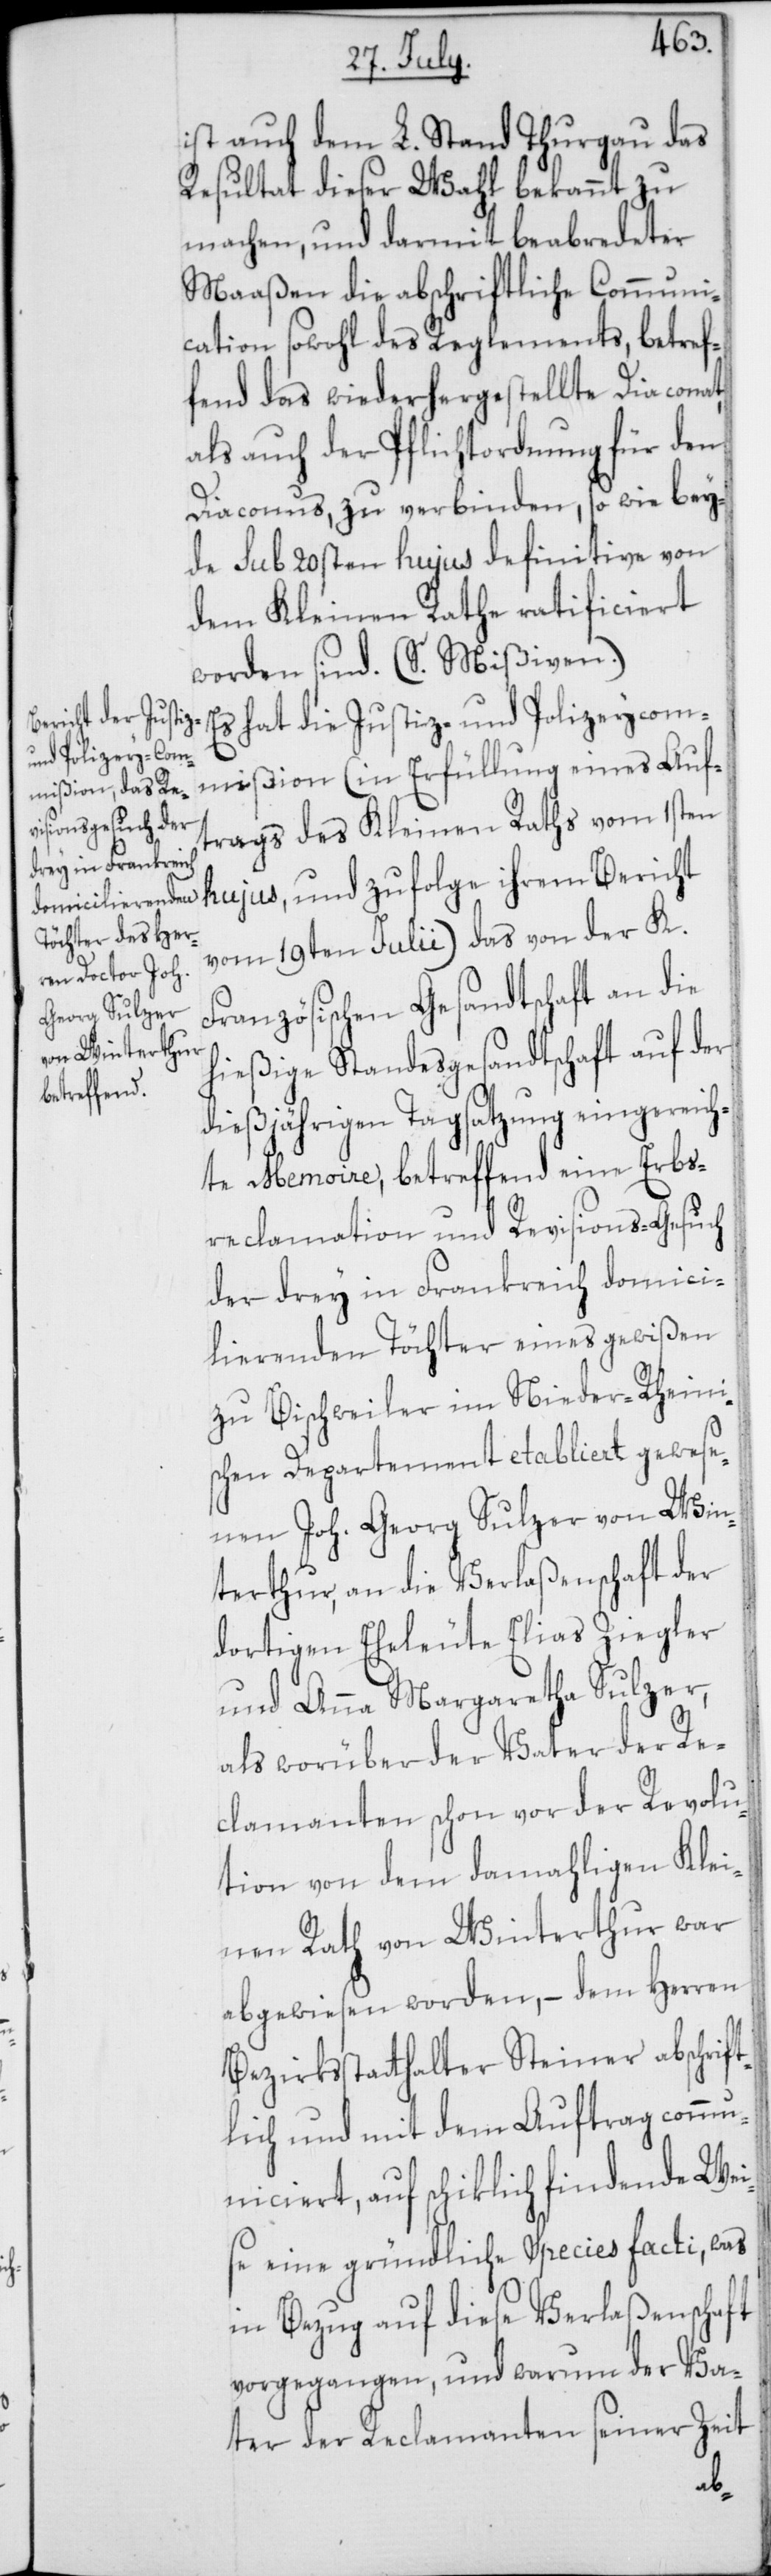
ist auch dem L. Stand Thurgau das
Resultat dieser Wahl bekannt zu
machen, und damit beabredeter
Maaßen die abschriftliche Communi¬
cation sowohl des Reglements, betref¬
fend das wieder hergestellte Diaconat,
als auch der Pflichtordnung für den
Diaconus, zu verbinden, so wie bey¬
de sub 20sten hujus definitive von
dem Kleinen Rathe ratificiert
worden sind (S. Mißiven).
Es hat die Justiz- und Polizeycom¬
mißion (in Erfüllung eines Auf¬
trags des Kleinen Raths vom 1sten
hujus, und zufolge ihrem Bericht
vom 19ten Julii) das von der K.
Französischen Gesandtschaft an die
hießige Standesgesandtschaft auf der
dießjährigen Tagsatzung eingereich¬
te Memoire, betreffend eine Erbs¬
reclamation und Revisions-Gesuch
der drey in Frankreich domici¬
lierenden Töchter eines gewißen
zu Bischweiler im Nieder-Rheini¬
schen Departement etabliert gewese¬
nen Joh. Georg Sulzer von Win¬
terthur, an die Verlaßenschaft der
dortigen Eheleute Elias Ziegler
und Anna Margaretha Sulzer,
als worüber der Vater der Re¬
clamanten schon vor der Revolu¬
tion von dem damahligen Klei¬
nen Rath von Winterthur war
abgewiesen worden, – dem Herren
Bezirksstatthalter Steiner abschrif¬
tlich und mit dem Auftrag comm¬
uniciert, auf schiklich findende Wei¬
se eine gründliche Species facti, was
in Bezug auf diese Verlaßenschaft
vorgegangen, und warum der Va¬
ter der Reclamanten seiner Zeit